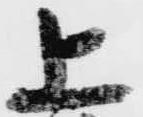
上